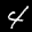
Label: 4